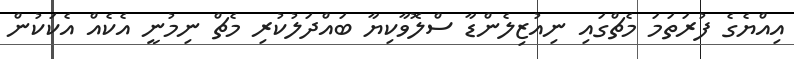
އިއްޔެގެ ފުރަތަމަ މެޗްގައި ނިއުޒިލެންޑާ ސްލޮވާކިޔާ ބައްދަލުކުރި މެޗް ނިމުނީ އެކެއް އެކަކުން